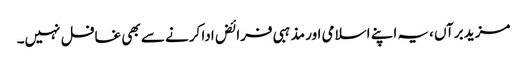
مزید برآں ،یہ اپنے اسلامی اور مذہبی فرائض ادا کرنے سے بھی غافل نہیں۔